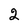
Character: 2